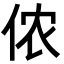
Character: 侬